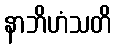
နာဘိဟံသတိ